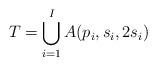
LaTeX: \begin{align*}T = \bigcup_{i=1}^I A(p_i,s_i,2s_i)\end{align*}